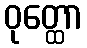
ဝုတ္ထော